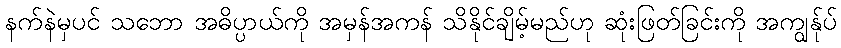
နက်နဲမှပင် သဘော အဓိပ္ပာယ်ကို အမှန်အကန် သိနိုင်ချိမ့်မည်ဟု ဆုံးဖြတ်ခြင်းကို အကျွန်ုပ်